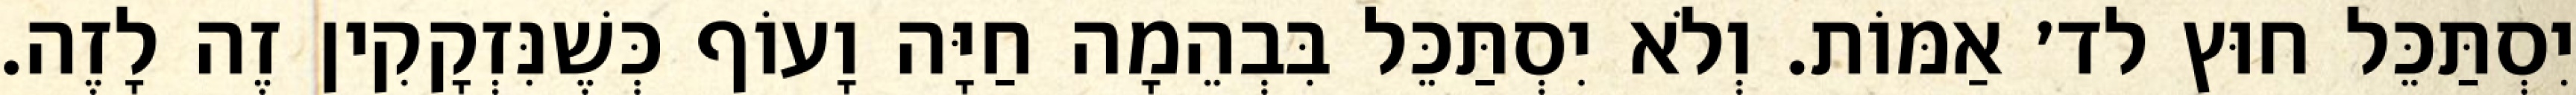
יִסְתַּכֵּל חוּץ לד׳ אַמּוֹת. וְלֹא יִסְתַּכֵּל בִּבְהֵמָה חַיָּה וָעוֹף כְּשֶׁנִּזְקָקִין זֶה לָזֶה.